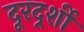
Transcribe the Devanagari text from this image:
दूरदर्र्शी